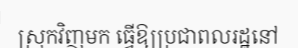
ស្រុកវិញមក ធ្វើឱ្យប្រជាពលរដ្ឋនៅ